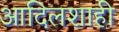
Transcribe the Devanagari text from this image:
आदिलशाही